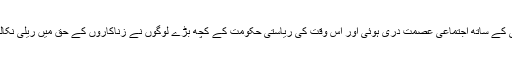
رواں سال پہلے تو جموں و کشمیر میں 8 سال کی ایک بچی کے ساتھ اجتماعی عصمت دری ہوئی اور اس وقت کی ریاستی حکومت کے کچھ بڑے لوگوں نے زناکاروں کے حق میں ریلی نکالی جب کہ مرکز اس معاملے میں خاموشی اختیار کیے رہا۔